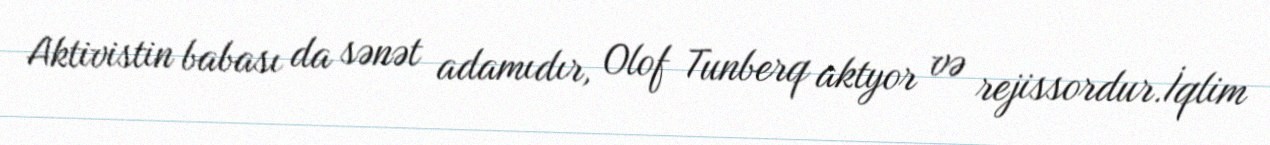
Aktivistin babası da sənət adamıdır, Olof Tunberq aktyor və rejissordur.İqlim